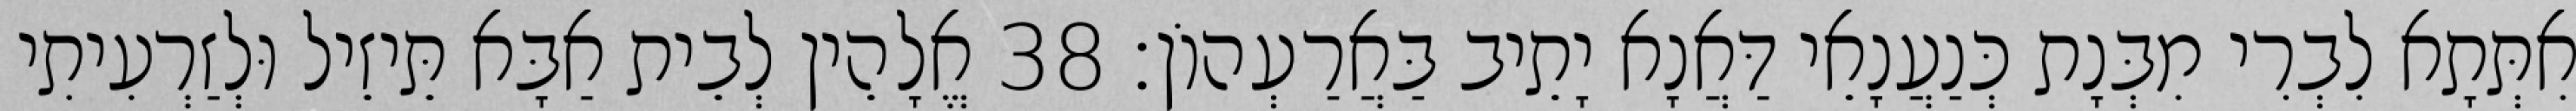
אִתְּתָא לִבְרִי מִבְּנָת כְּנַעֲנָאֵי דַּאֲנָא יָתֵיב בַּאֲרַעְהוֹן׃ 38 אֱלָהֵין לְבֵית אַבָּא תֵּיזֵיל וּלְזַרְעִיתִי